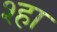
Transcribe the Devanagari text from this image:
श्हा